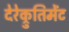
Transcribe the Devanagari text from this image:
देरेक्रुतिमेंट